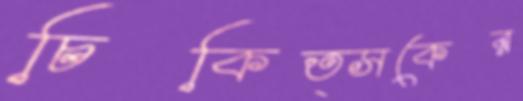
চিকিত্সকের